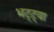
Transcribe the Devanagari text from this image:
भट्‌ट्या